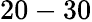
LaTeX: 20-30